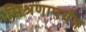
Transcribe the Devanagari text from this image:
मिश्रणापर्यंत